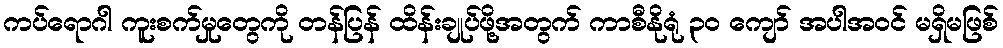
ကပ်ရောဂါ ကူးစက်မှုတွေကို တန်ပြန် ထိန်းချုပ်ဖို့အတွက် ကာစီနိုရုံ ၃၀ ကျော် အပါအဝင် မရှိမဖြစ်